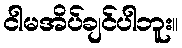
ငါမအိပ်ချင်ပါဘူး။